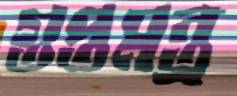
গুপ্তমন্ত্র